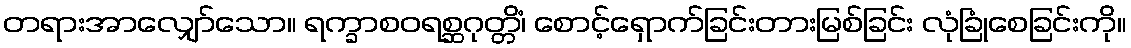
တရားအာလျှော်သော။ ရက္ခာစဝရစ္ဆဂုတ္တိံ၊ စောင့်ရှောက်ခြင်းတားမြစ်ခြင်း လုံခြုံစေခြင်းကို။